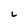
Character: i